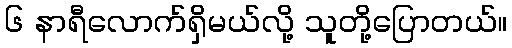
၆ နာရီလောက်ရှိမယ်လို့ သူတို့ပြောတယ်။